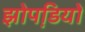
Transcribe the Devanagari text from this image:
झोपडि़यों